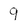
Character: 9